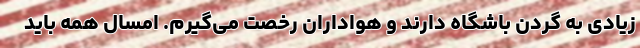
زیادی به گردن باشگاه دارند و هواداران رخصت می‌گیرم. امسال همه باید